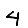
Digit: 4